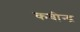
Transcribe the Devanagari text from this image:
कबीन्द्र